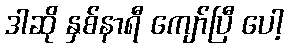
ဒါဆို နှစ်နာရီ ကျော်ပြီ ပေါ့